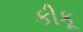
કીકૂ